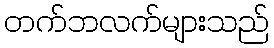
တက်ဘလက်များသည်